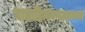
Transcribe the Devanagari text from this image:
बालादित्यमण्डलमध्यस्थां